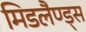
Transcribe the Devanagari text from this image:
मिडलैण्ड्स